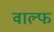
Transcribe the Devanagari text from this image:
वाल्फ